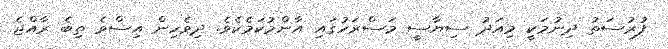
ފުރުސަތު ދިނުމަކީ މިއަދު ސިޔާސީ މަސްރަހުގައި އާންމުކަމެކެވެ. ދިވެހިން އިސްވެ ތިބެ ރާއްޖެ